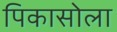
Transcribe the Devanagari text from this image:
पिकासोला